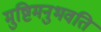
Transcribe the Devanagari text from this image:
मुष्टिमनुभवति